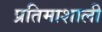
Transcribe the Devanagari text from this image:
प्रतिमाशाली